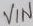
Text: VIN